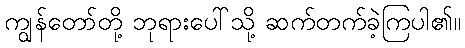
ကျွန်တော်တို့ ဘုရားပေါ်သို့ ဆက်တက်ခဲ့ကြပါ၏။